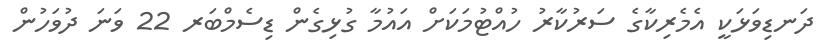
ދަނޑިވަޅަކީ އެމެރިކާގެ ސަރުކާރު ހުއްޓުމަކަށް އައުމާ ގުޅިގެން ޑިސެމްބަރ 22 ވަނަ ދުވަހުން